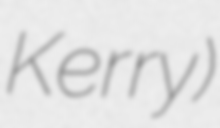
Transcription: Kerry)